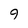
Character: 9